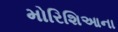
મોરિશિઆના